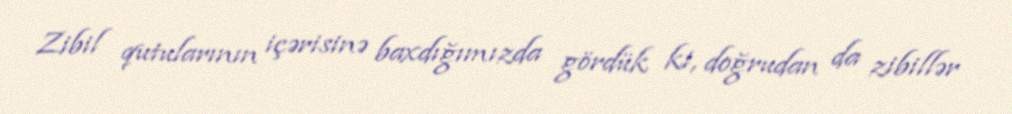
Zibil qutularının içərisinə baxdığımızda gördük ki, doğrudan da zibillər